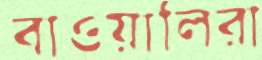
বাওয়ালিরা